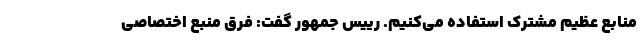
منابع عظیم مشترک استفاده می‌کنیم. رییس جمهور گفت: فرق منبع اختصاصی